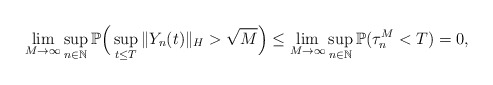
\begin{align*}\lim_{M\rightarrow\infty} \sup_{n\in\mathbb{N}}\mathbb{P}\Big(\sup_{t\leq T}\Vert Y_n(t)\Vert_H >\sqrt{M}\Big) \leq \lim_{M\rightarrow\infty} \sup_{n\in\mathbb{N}}\mathbb{P}(\tau_{n}^M <T) =0 ,\end{align*}